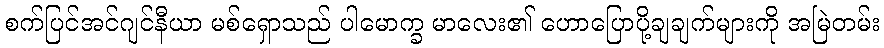
စက်ပြင်အင်ဂျင်နီယာ မစ်ရှောသည် ပါမောက္ခ မာလေး၏ ဟောပြောပို့ချချက်များကို အမြဲတမ်း